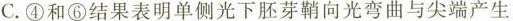
C.④和⑥结果表明单侧光下胚芽鞘向光弯曲与尖端产生